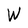
Character: W